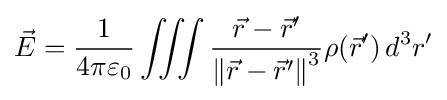
{\vec {E}}={\frac {1}{4\pi \varepsilon _{0}}}\iiint {\frac {{\vec {r}}-{\vec {r}}'}{\left\|{\vec {r}}-{\vec {r}}'\right\|^{3}}}\rho ({\vec {r}}')\,d^{3}r'